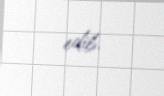
edib.